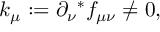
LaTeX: k _ { \mu } : = \partial _ { \nu } { } ^ { * } f _ { \mu \nu } \not = 0 ,